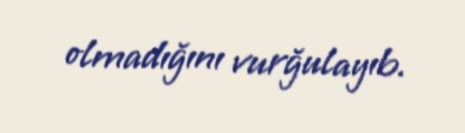
olmadığını vurğulayıb.